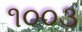
૧૦૦૩